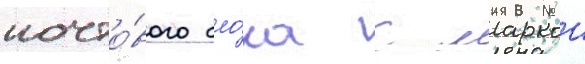
почто́вого бло́ка с маркои